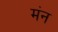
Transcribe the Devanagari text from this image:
मंन